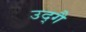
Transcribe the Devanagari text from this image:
उद्गै